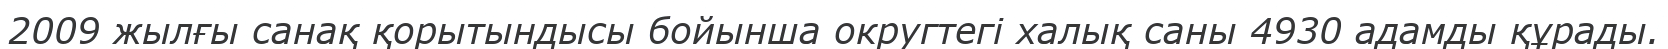
2009 жылғы санақ қорытындысы бойынша округтегі халық саны 4930 адамды құрады.